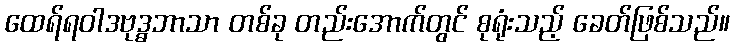
ထေရ်ရဝါဒဗုဒ္ဓဘာသာ တစ်ခု တည်းအောက်တွင် စုရုံးသည့် ခေတ်ဖြစ်သည်။